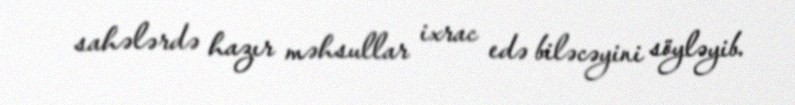
sahələrdə hazır məhsullar ixrac edə biləcəyini söyləyib.